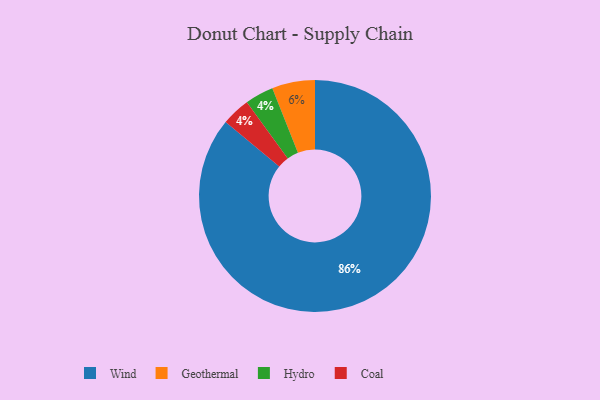
{"axis": {"x": "Category", "y": "Percentage"}, "legend": ["Coal", "Geothermal", "Hydro", "Wind"], "data": [{"x": "Hydro", "y": 4, "type": "Hydro"}, {"x": "Wind", "y": 86, "type": "Wind"}, {"x": "Geothermal", "y": 6, "type": "Geothermal"}, {"x": "Coal", "y": 4, "type": "Coal"}]}